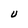
Character: U